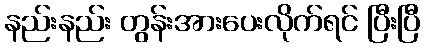
နည်းနည်း တွန်းအားပေးလိုက်ရင် ပြီးပြီ